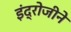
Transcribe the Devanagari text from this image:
इंद्रोजीने